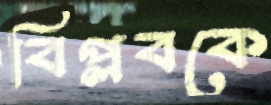
বিপ্লবকে